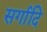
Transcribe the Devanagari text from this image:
सर्गादि